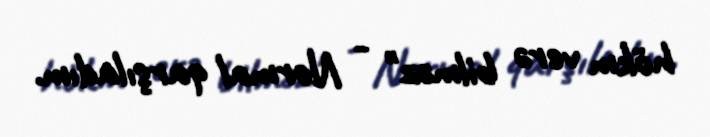
hökm verə bilməz" - Normal qarşıladım.